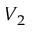
V _ { 2 }